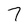
Character: 7